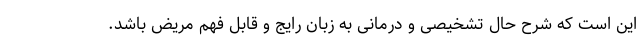
این است که شرح حال تشخیصی و درمانی به زبان رایج و قابل فهم مریض باشد.